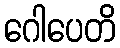
ဂေါပေတိ